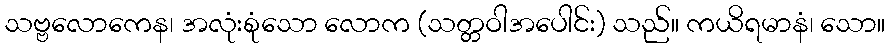
သဗ္ဗလောကေန၊ အလုံးစုံသော လောက (သတ္တဝါအပေါင်း) သည်။ ကယိရမာနံ၊ သော။